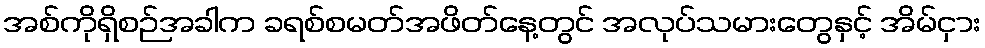
အစ်ကိုရှိစဉ်အခါက ခရစ်စမတ်အဖိတ်နေ့တွင် အလုပ်သမားတွေနှင့် အိမ်ငှား